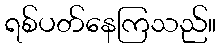
ရစ်ပတ်နေကြသည်။